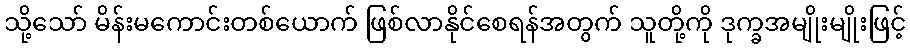
သို့သော် မိန်းမကောင်းတစ်ယောက် ဖြစ်လာနိုင်စေရန်အတွက် သူတို့ကို ဒုက္ခအမျိုးမျိုးဖြင့်